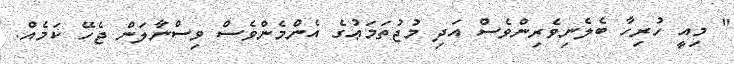
" މިއީ ހުރިހާ ބެލެނިވެރިންވެސް އަދި މުޖުތަމަޢުގެ އެންމެންވެސް ވިސްނާލަން ޖެހޭ ކަމެއް.